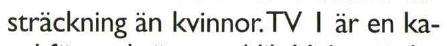
sträckning än kvinnor.TV I är en ka-